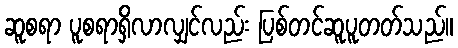
ဆူစရာ ပူစရာရှိလာလျှင်လည်း ပြစ်တင်ဆူပူတတ်သည်။